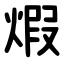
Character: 煆